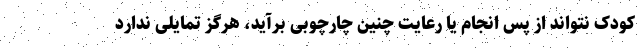
کودک نتواند از پس انجام یا رعایت چنین چارچوبی برآید، هرگز تمایلی ندارد